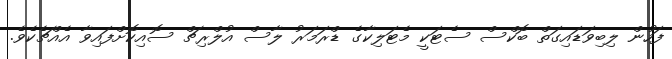
ފަހުން ލިބިވަޑައިގަތް ބޮކްސް ސެޓަކީ މެޓަލިކާގެ ޑްރަމަރު ލާސް އުލްރިޗް ސޮއިކޮށްފައިވާ އެއްޗެކެވެ.